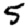
Digit: 5